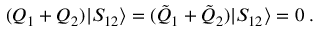
( Q _ { 1 } + Q _ { 2 } ) | S _ { 1 2 } \rangle = ( \tilde { Q } _ { 1 } + \tilde { Q } _ { 2 } ) | S _ { 1 2 } \rangle = 0 \; .